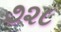
૭૨૮